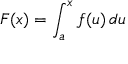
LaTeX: F ( x ) = \int _ { a } ^ { x } f ( u ) \, d u